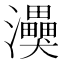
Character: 𭳸